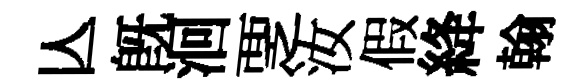
亾旣洄覂汝假絳翰